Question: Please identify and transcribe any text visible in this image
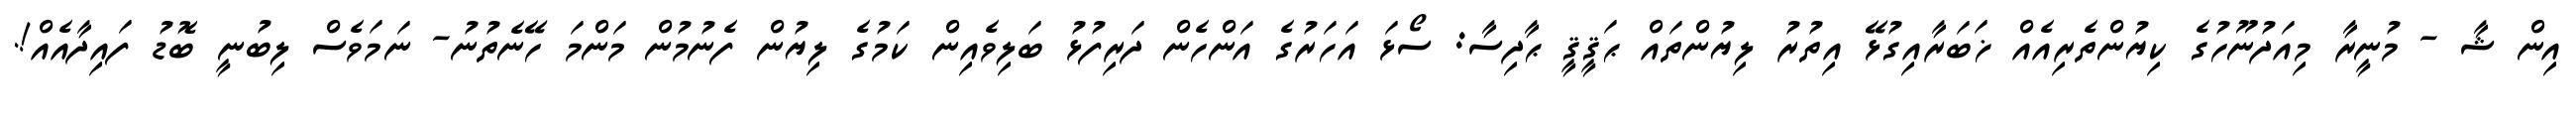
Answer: އިން ޝާ - މުނީރާ މިއަދުނޫހުގެ ކިޔުންތެރިއެއް ޚަބަރާއިގުޅޭ އިތުރު ލިޔުންތައް ޙަޤީޤީ ޙާދިސާ: ސޯޅަ އަހަރުގެ އަންހެން ދަރިފުޅު ބަލިވެއިން ކަމުގެ ލިޔުން ފެނުމުން މަންމަ ހޭނެތުނު- ނަމަވެސް ލިބުނީ ބޮޑު ފައިދާއެއް!.